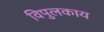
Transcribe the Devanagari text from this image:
विपुलकाय